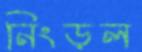
নিংড়ল